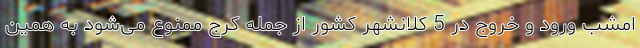
امشب ورود و خروج در 5 کلانشهر کشور از جمله کرج ممنوع می‌شود به همین